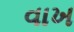
વાખ